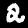
Label: 2